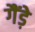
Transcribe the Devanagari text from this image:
गैंड़े